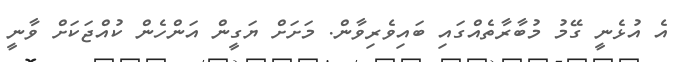
އެ އުޅެނީ ގޭމު މުބާރާތެއްގައި ބައިވެރިވާން. މަށަށް ޔަގީން އަންހެން ކުއްޖަކަށް ވާނީ